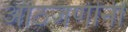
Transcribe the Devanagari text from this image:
आठजणींनी